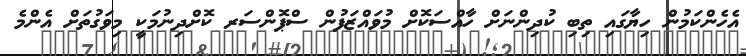
އެހެންކަމުން ހިޔާގައި ތިބި ކުދިންނަށް ހާއްސަކޮށް މުވައްޒަފުން ސްޕޮންސަރ ކޮށްދިނުމަކީ މިވަގުތަށް އެންމެ